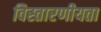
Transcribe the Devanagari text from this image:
विस्तारणीयता